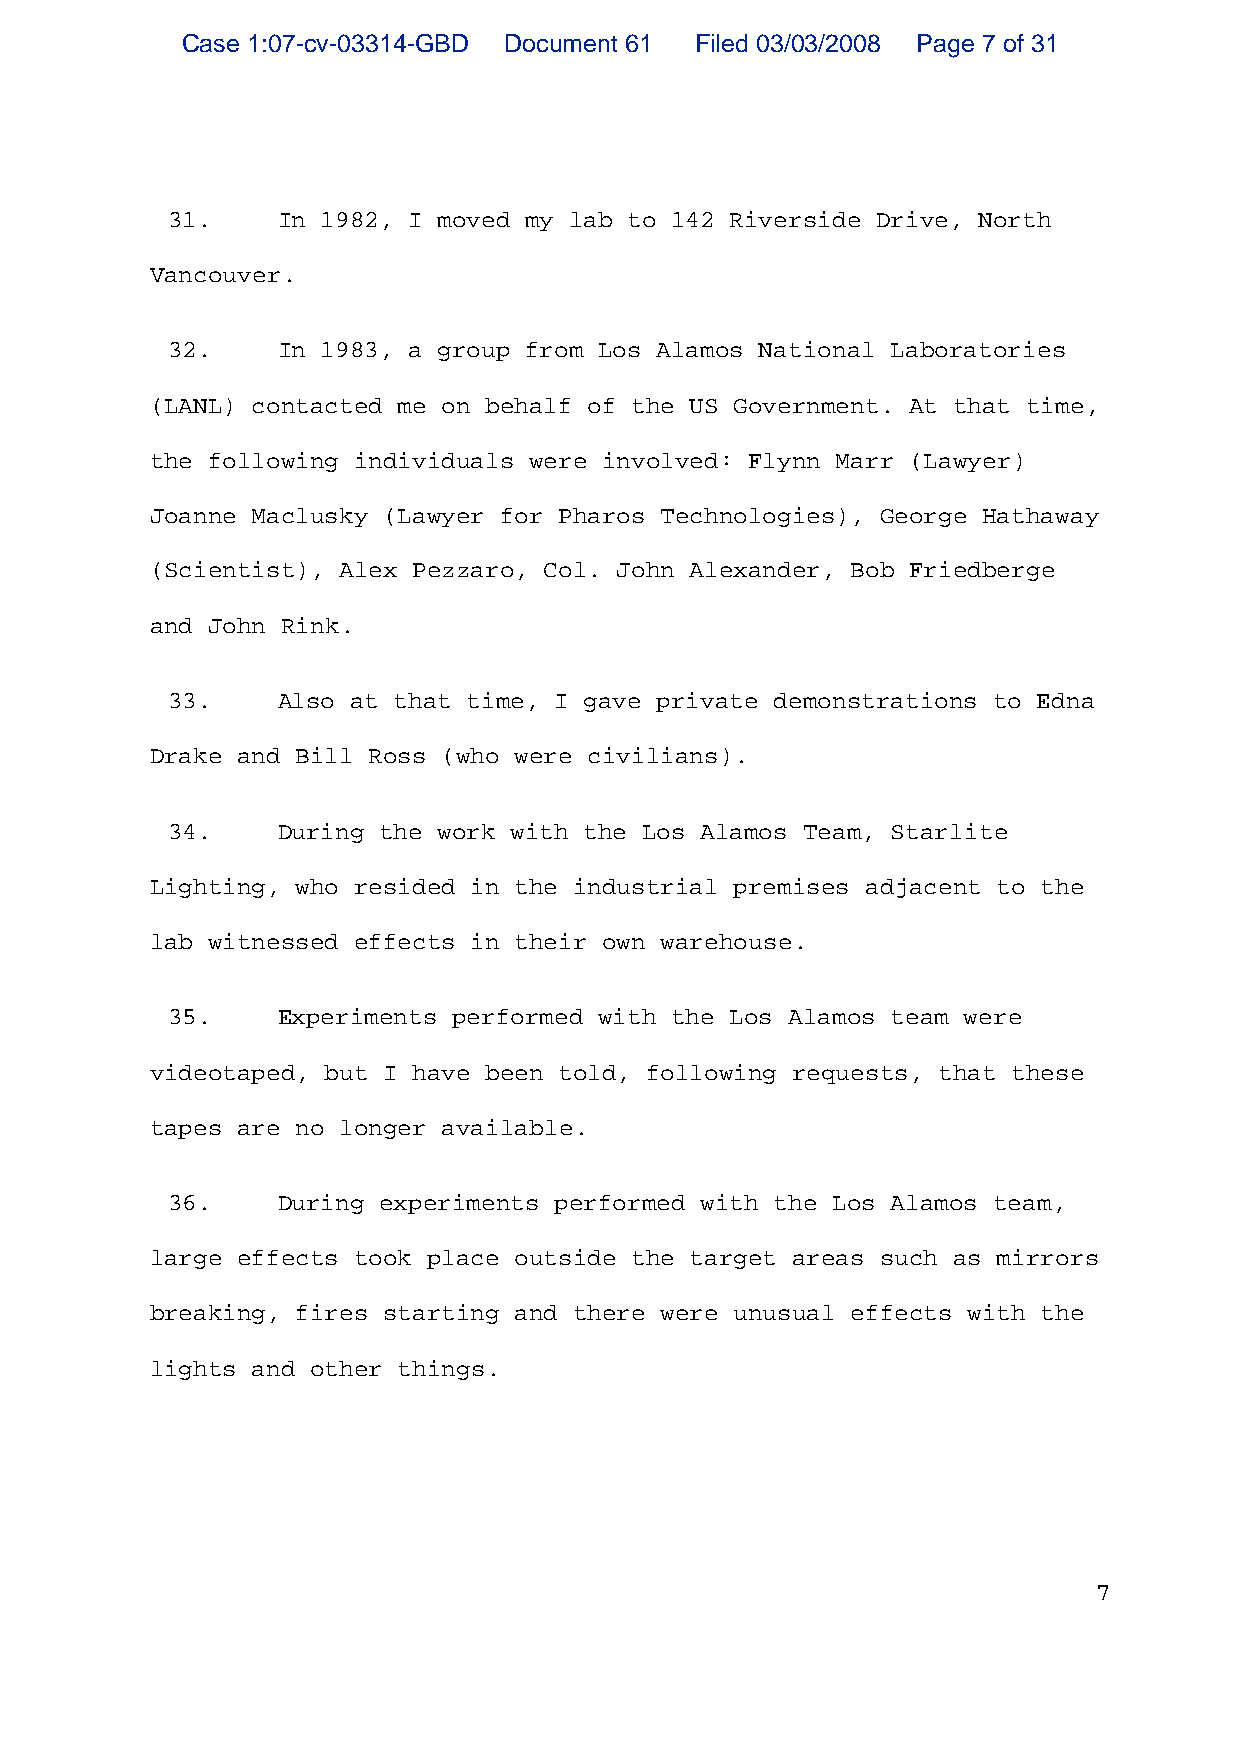
Case 1:07-cv-03314-GBD Document 61 Filed 03/03/2008 Page 7 of 31
 31.    In 1982, I moved my lab to 142 Riverside Drive, North
 Vancouver.
 32.    In 1983, a group from Los Alamos National Laboratories
 (LANL) contacted me on behalf of the US Government. At that time,
 the following individuals were involved: Flynn Marr (Lawyer)
 Joanne Maclusky (Lawyer for Pharos Technologies), George Hathaway
 (Scientist), Alex Pezzaro, Col. John Alexander, Bob Friedberge
 and John Rink.
 33.    Also at that time, I gave private demonstrations to Edna
 Drake and Bill Ross (who were civilians).
 34.    During the work with the Los Alamos Team, Starlite
 Lighting, who resided in the industrial premises adjacent to the
 lab witnessed effects in their own warehouse.
 35.    Experiments performed with the Los Alamos team were
 videotaped, but I have been told, following requests, that these
 tapes are no longer available.
 36.    During experiments performed with the Los Alamos team,
 large effects took place outside the target areas such as mirrors
 breaking, fires starting and there were unusual effects with the
 lights and other things.
 7